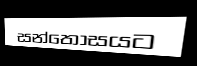
සන්තෝසයට